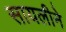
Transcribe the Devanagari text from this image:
सायलीने